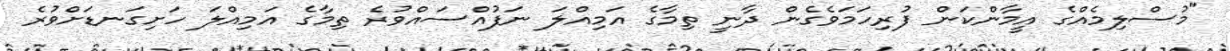
"މުސްލިމެއްގެ އީމާންކަން ފުރިހަމަވެގެން ދާނީ ތިމާގެ އަމިއްލަ ނަފުއްސައްވުރެ ތިމާގެ އަމިއްލަ ހަށިގަނޑަށްވުރެ